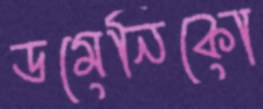
ডমেনিকো